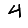
Digit: 4